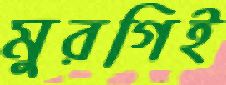
মুরগিই